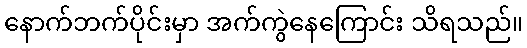
နောက်ဘက်ပိုင်းမှာ အက်ကွဲနေကြောင်း သိရသည်။